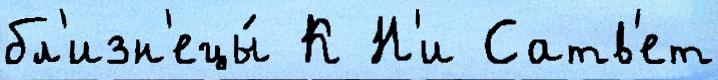
бл'изн'ецы́ К Н'и Сатв'ет